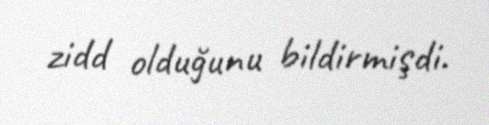
zidd olduğunu bildirmişdi.